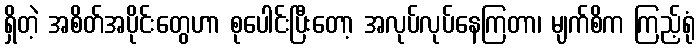
ရှိတဲ့ အစိတ်အပိုင်းတွေဟာ စုပေါင်းပြီးတော့ အလုပ်လုပ်နေကြတာ၊ မျက်စိက ကြည့်ရုံ